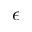
\epsilon